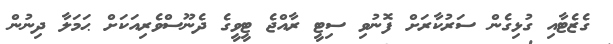
ގެޒެޓާއި ގުޅިގެން ސަރުކާރަށް ފޮނުވި ސިޓީ ރާއްޖެ ޓީވީގެ ދެނޫސްވެރިއަކަށް ޙަމަލާ ދިނުން